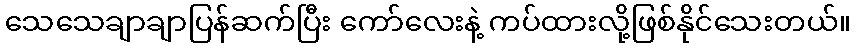
သေသေချာချာပြန်ဆက်ပြီး ကော်လေးနဲ့ ကပ်ထားလို့ဖြစ်နိုင်သေးတယ်။